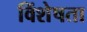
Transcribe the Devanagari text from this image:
विंशेषता